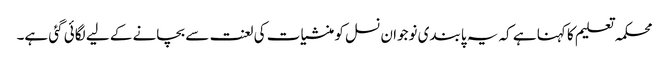
محکمہ تعلیم کا کہنا ہے کہ یہ پابندی نوجوان نسل کو منشیات کی لعنت سے بچانے کے لیے لگائی گئی ہے۔